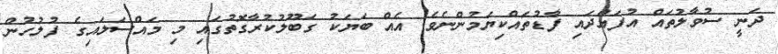
ދަނީ ސުވާލުތައް އުފައްދައި ފާޑުތައްކިޔަމުންނެވެ. އެއް ބަޔަކު ގަބޫލުކުރާގޮތުގައި މި މައްސަލައިގެ ފުލުހުން